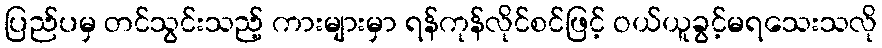
ပြည်ပမှ တင်သွင်းသည့် ကားများမှာ ရန်ကုန်လိုင်စင်ဖြင့် ဝယ်ယူခွင့်မရသေးသလို